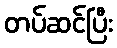
တပ်ဆင်ပြီး